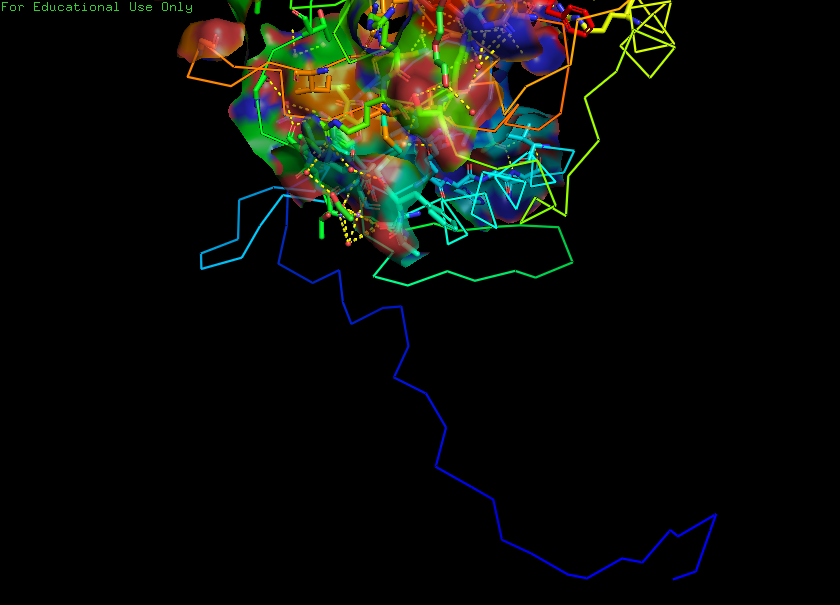
pymol, preset, ligand_sites_trans